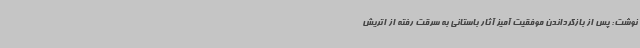
نوشت: پس از بازگرداندن موفقیت آمیز آثار باستانی به سرقت رفته از اتریش